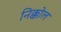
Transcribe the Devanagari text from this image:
निक्कोल